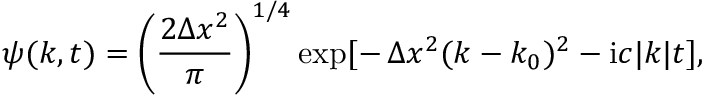
\psi ( k , t ) = \left( \frac { 2 \Delta x ^ { 2 } } { \pi } \right) ^ { 1 / 4 } \exp [ - \, \Delta x ^ { 2 } ( k - k _ { 0 } ) ^ { 2 } - \mathrm { i } c | k | t ] ,